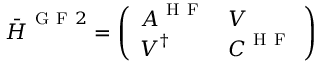
\Bar { \boldsymbol { H } } ^ { \mathrm { ~ G ~ F ~ } 2 } = \left( \begin{array} { l l } { \boldsymbol { A } ^ { \mathrm { ~ H ~ F ~ } } } & { \boldsymbol { V } } \\ { \boldsymbol { V } ^ { \dag } } & { \boldsymbol { C } ^ { \mathrm { ~ H ~ F ~ } } } \end{array} \right)